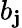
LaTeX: b_{\mathbf{j}}